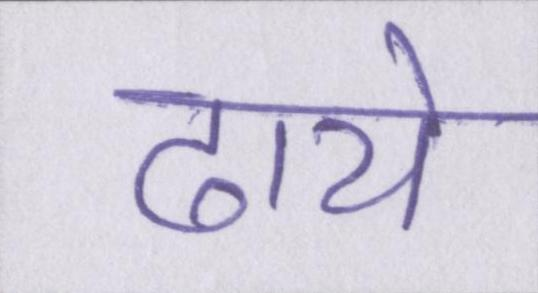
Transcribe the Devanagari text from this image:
ढाये